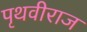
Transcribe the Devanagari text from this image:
पृथवीराज